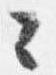
々